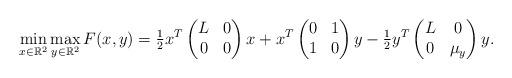
LaTeX: \begin{align*}\min_{x\in \mathbb{R}^2}\max_{y\in \mathbb{R}^2} F(x, y)=\tfrac{1}{2}x^T\begin{pmatrix}L & 0\\0& 0\end{pmatrix}x+x^T\begin{pmatrix} 0 & 1 \\ 1 & 0 \end{pmatrix}y-\tfrac{1}{2}y^T\begin{pmatrix}L & 0\\0&\mu_y\end{pmatrix}y.\end{align*}